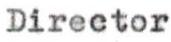
Director